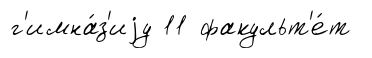
г'имна́з'иjу 11 факульт'е́т